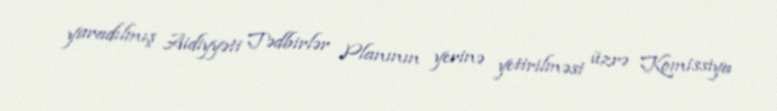
yaradılmış Aidiyyəti Tədbirlər Planının yerinə yetirilməsi üzrə Komissiya